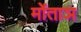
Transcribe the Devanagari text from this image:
मोंताञ